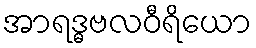
အာရဒ္ဓဗလဝီရိယော